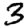
Digit: 3